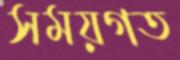
সময়গত